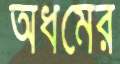
অধমের